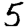
Digit: 5